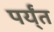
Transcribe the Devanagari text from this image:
पर्य्ंत